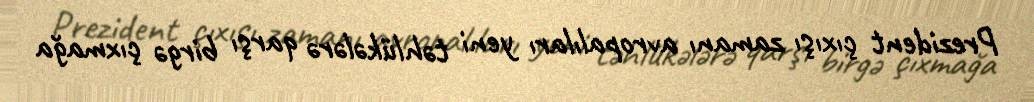
Prezident çıxışı zamanı avropalıları yeni təhlükələrə qarşı birgə çıxmağa